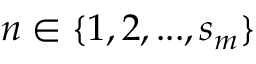
n \in \{ 1 , 2 , . . . , s _ { m } \}